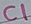
Text: C1